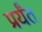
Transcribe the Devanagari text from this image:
प्रर्यंत